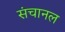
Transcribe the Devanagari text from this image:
संचानल